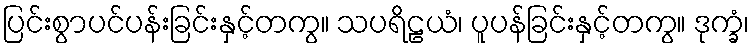
ပြင်းစွာပင်ပန်းခြင်းနှင့်တကွ။ သပရိဠယံ၊ ပူပန်ခြင်းနှင့်တကွ။ ဒုက္ခံ၊